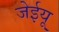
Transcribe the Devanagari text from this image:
जेईयू